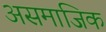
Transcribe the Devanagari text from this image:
असमाजिक